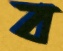
ব